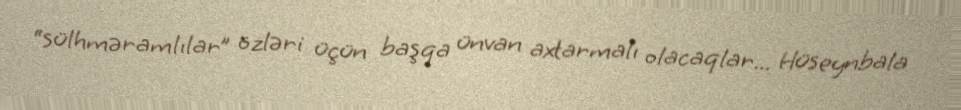
“sülhməramlılar” özləri üçün başqa ünvan axtarmalı olacaqlar... Hüseynbala